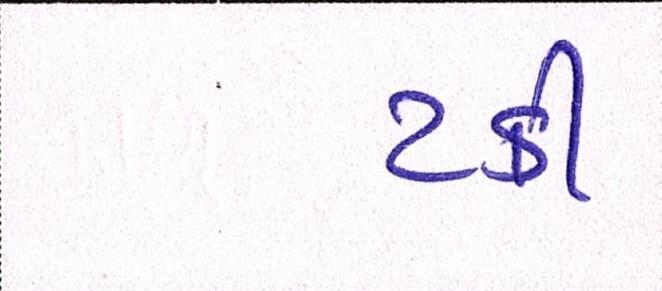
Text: ટકી